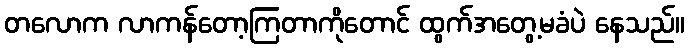
တလောက လာကန်တော့ကြတာကိုတောင် ထွက်အတွေ့မခံပဲ နေသည်။